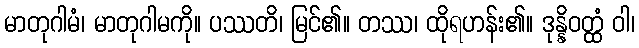
မာတုဂါမံ၊ မာတုဂါမကို။ ပဿတိ၊ မြင်၏။ တဿ၊ ထိုရဟန်း၏။ ဒုန္နိဝတ္ထံ ဝါ၊